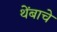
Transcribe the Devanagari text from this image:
थेंबाचे